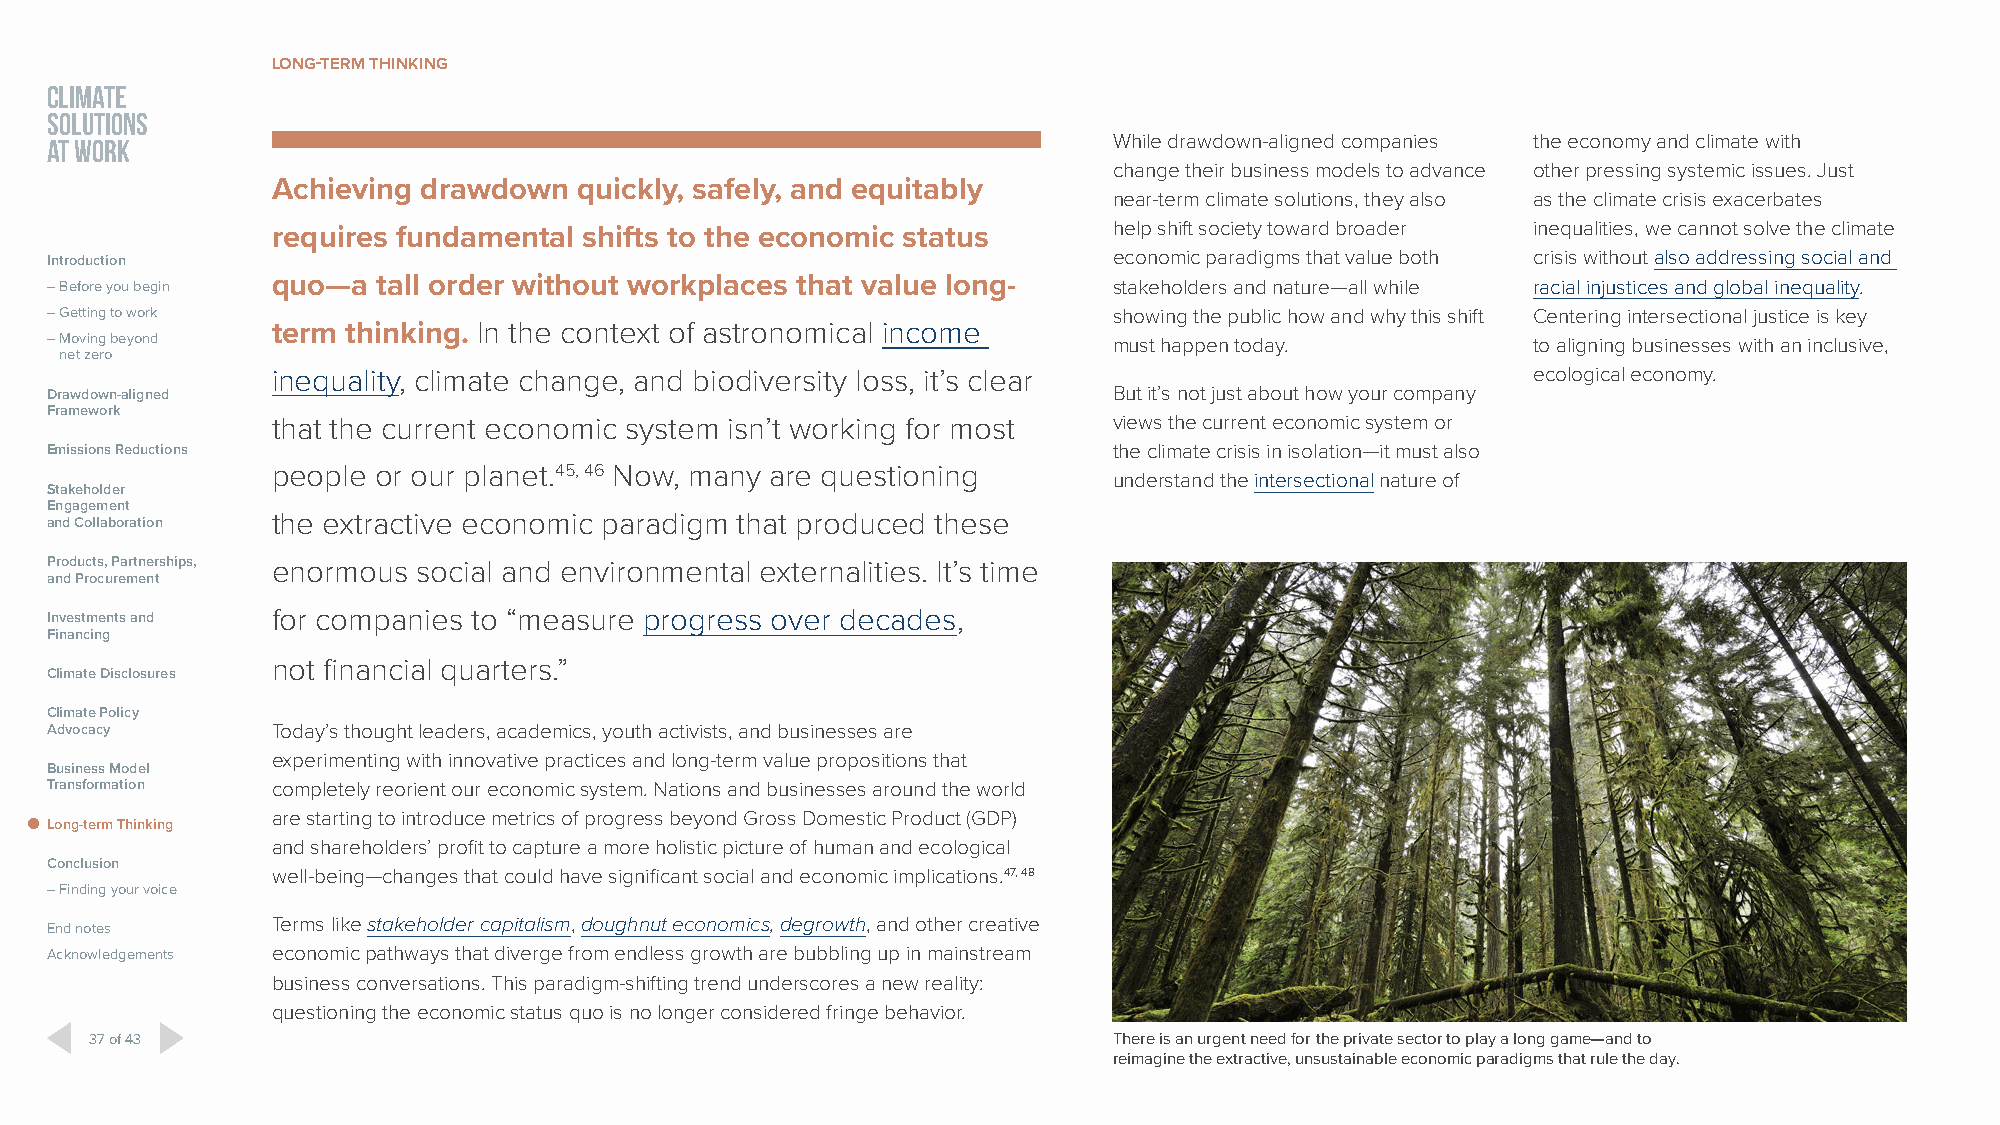
LONG-TERM THINKING
 CLIMATE
 SOLUTIONS
 AT WORK                                                                While drawdown-aligned companies the economy and climate with
 change their business models to advance other pressing systemic issues. Just
 Achieving drawdown  quickly, safely, and equitably
 near-term climate solutions, they also as the climate crisis exacerbates
 help shift society toward broader inequalities, we cannot solve the climate
 requires fundamental shifts to the economic status
 Introduction                                                           economic paradigms that value both crisis without also addressing social and
 – Before you begin quo—a tall order without workplaces that value long- stakeholders and nature—all while racial injustices and global inequality.
 – Getting to work                                                      showing the public how and why this shift Centering intersectional justice is key
 term thinking. In the context of astronomical income
 – Moving beyond                                                        must happen today.         to aligning businesses with an inclusive,
 net zero
 inequality, climate change, and biodiversity loss, it’s clear                      ecological economy.
 Drawdown-aligned                                                       But it’s not just about how your company
 Framework
 that the current economic system isn’t working for most views the current economic system or
 Emissions Reductions                                                   the climate crisis in isolation—it must also
 people or our planet.45, 46 Now, many are questioning
 understand the intersectional nature of
 Stakeholder
 Engagement
 and Collaboration the extractive economic paradigm that produced these
 Products, Partnerships, enormous social and environmental externalities. It’s time
 and Procurement
 Investments and for companies to “measure progress over decades,
 Financing
 not financial quarters.”
 Climate Disclosures
 Climate Policy
 Advocacy       Today’s thought leaders, academics, youth activists, and businesses are
 experimenting with innovative practices and long-term value propositions that
 Business Model
 Transformation completely reorient our economic system. Nations and businesses around the world
 are starting to introduce metrics of progress beyond Gross Domestic Product (GDP)
 Long-term Thinking
 and shareholders’ profit to capture a more holistic picture of human and ecological
 Conclusion
 well-being—changes that could have significant social and economic implications.47, 48
 – Finding your voice
 Terms like stakeholder capitalism, doughnut economics, degrowth, and other creative
 End notes
 Acknowledgements economic pathways that diverge from endless growth are bubbling up in mainstream
 business conversations. This paradigm-shifting trend underscores a new reality:
 questioning the economic status quo is no longer considered fringe behavior.
 37 of 43                                                            There is an urgent need for the private sector to play a long game—and to
 reimagine the extractive, unsustainable economic paradigms that rule the day.